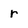
Character: r